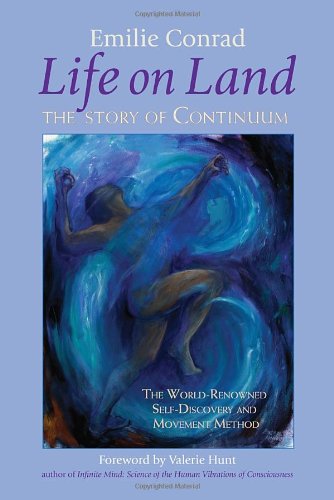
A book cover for Life on Land: The Story of Continuum, the World-Renowned Self-Discovery and Movement Method; Emilie Conrad; Health, Fitness & Dieting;